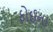
ફોઈના